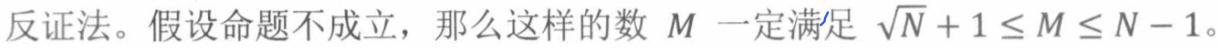
反证法。假设命题不成立，那么这样的数 \(M\) 一定满足 \(\sqrt{N}+1\leq M\leq N - 1\)。